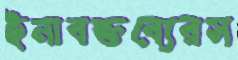
ইনাবক্তব্যেরস